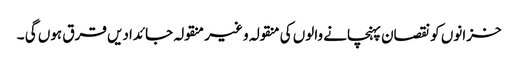
خزانوں کو نقصان پہنچانے والوں کی منقولہ و غیر منقولہ جائدادیں قرق ہوں گی ۔